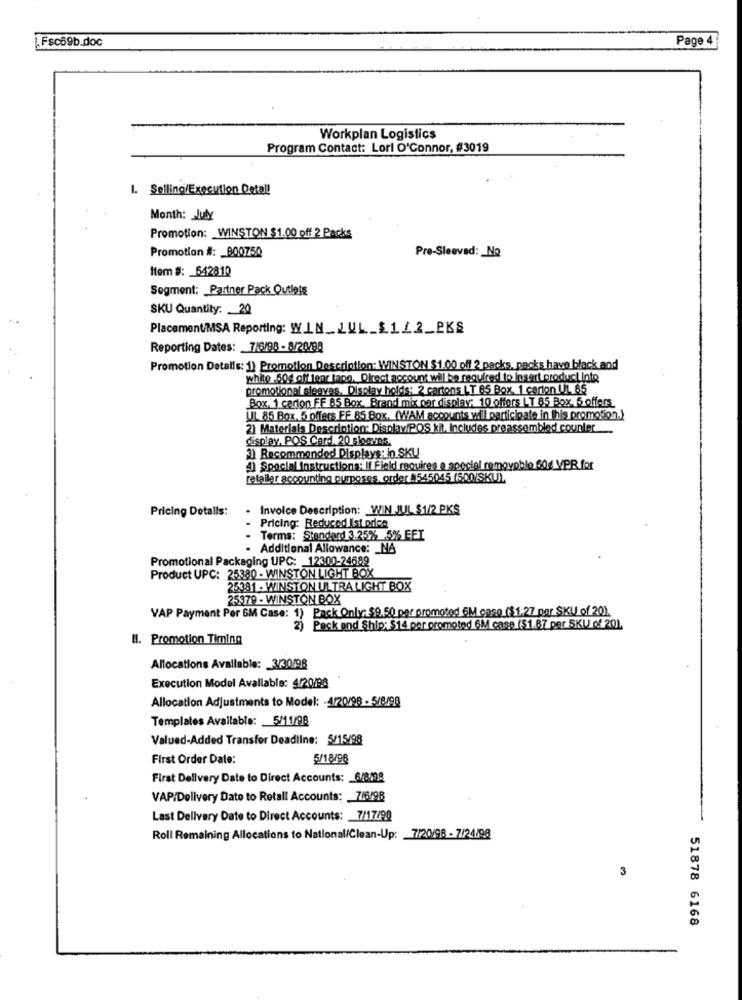
.Fsc69b.doc
Page 4
Workplan Logistics
Program Contact: Lori O'Connor, #3019
1. Selling/Execution Detal!
Month: _ July
Promotion: WINSTON $1.00 off 2 Packs
Promotion #: 800750
Pre-Sleeved: No
Item #: 642810
Segment: Partner Pack Outlets
SKU Quantity: 20
Placement/MSA Reporting: WIN __ UL_$1_2_PKS
Reporting Dates: 7/6/98 - 8/26/98
Promotion Detalls: 1) Promotion Description: WINSTON $1.00 off 2 packs, packs have black and
white -50g off lear lapo. Direct account willbe required to insert product inte
promotional sleeves. Display holds: 2 cartons LT 85 Box. 1 carton UL 85
Box, 1 certon FF 85 Box. Brand mix per display: 10 offers LT 85 Box. 5 offers
UL 85 Box. 5 offers FF 85 Box. (WAM accounts will participate in this promotion.)
2) Materials Description: Display/POS kit. Includes preassembled counler
display, POS Card. 20 sloaves.
3) Recommanded Displays: 'n SKU
4) Special Instructions: If Field requires a spocial removoblo 60€ VPR for
retailer accounting purposes order#545045 (500/SKU)
Pricing Detalls:
. Invoice Description: WIN JUL $1/2 PKS
Pricing: Reduced Ist orien
Terms: Standard 3.25% 5% EEI
. Additional Allowance: _ NA
Promotional Packaging UPC: 12300-24689
Product UPC: 25380 - WINSTON LIGHT BOX
25381 - WINSTON ULTRA LIGHT BOX
25379 - WINSTON BOX
VAP Payment Per GM Case: 1) Pack Only: $9.50 per promoted 6M caso ($1.27 par SKU of 20)
2) Pack and Ship: $14 per promoted 6M case ($1.87 per SKU of 201.
#1. Promotion Timing
Allocations Available: 3/30/98
Execution Model Avallable: 4/20/98
Allocation Adjustments to Model: - 4/20/98 - 5/8/98
Templates Available: 5/11/98
Valued-Added Transfer Deadline: 5/15/98
First Order Date:
5/18/96
First Delivery Date to Direct Accounts: 6/8/98
VAP/Delivery Date to Retall Accounts: 7/6/98
Last Delivery Date to Direct Accounts: 7/17/98
Roll Remaining Allocations to National/Clean-Up: 7/20/98 - 7/24/98
3
51878 6168